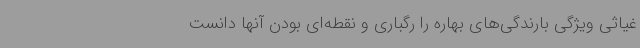
غیاثی ویژگی بارندگی‌های بهاره را رگباری و نقطه‌ای بودن آنها دانست